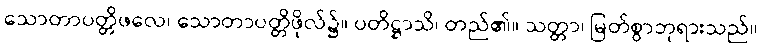
သောတာပတ္တိဖလေ၊ သောတာပတ္တိဖိုလ်၌။ ပတိဋ္ဌာသိ၊ တည်၏။ သတ္တာ၊ မြတ်စွာဘုရားသည်။